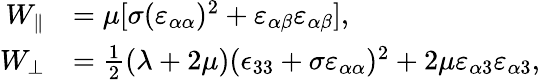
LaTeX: \begin{array}{rl}{W_{\parallel}}&{=\mu[\sigma(\varepsilon_{\alpha\alpha})^{2}+\varepsilon_{\alpha\beta}\varepsilon_{\alpha\beta}],}\\ {W_{\perp}}&{=\frac{1}{2}(\lambda+2\mu)(\epsilon_{33}+\sigma\varepsilon_{\alpha\alpha})^{2}+2\mu\varepsilon_{\alpha 3}\varepsilon_{\alpha 3},}\end{array}